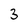
Character: 3